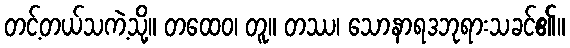
တင့်တယ်သကဲ့သို့။ တထေဝ၊ တူ။ တဿ၊ သောနာရဒဘုရားသခင်၏။